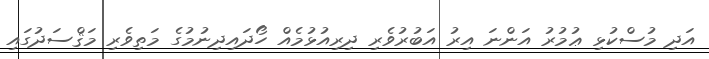
އަދި މުސްކުޅި ޢުމުރު އަންނަ އިރު އަބުރުވެރި ދިރިއުޅުމެއް ހޯދައިދިނުމުގެ މަތިވެރި މަޤްސަދުގައި